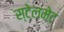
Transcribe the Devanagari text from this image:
स्टेलमेट